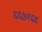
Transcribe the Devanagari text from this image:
६६७१६६